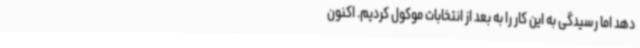
دهد اما رسیدگی به این کار را به بعد از انتخابات موکول کردیم. اکنون